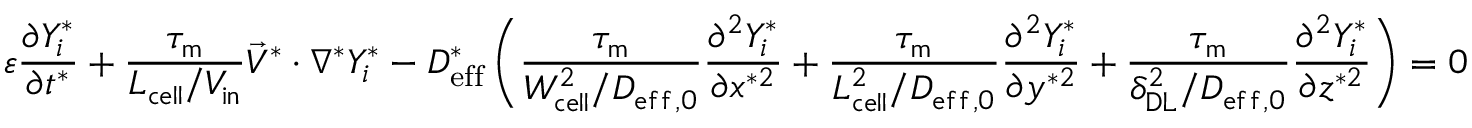
\varepsilon \frac { \partial Y _ { i } ^ { * } } { \partial t ^ { * } } + \boldsymbol { \frac { \tau _ { \mathrm { m } } } { L _ { \mathrm { c e l l } } / V _ { \mathrm { i n } } } } \vec { V } ^ { * } \cdot \nabla ^ { * } Y _ { i } ^ { * } - D _ { \mathrm { e f f } } ^ { * } \left( \boldsymbol { \frac { \tau _ { \mathrm { m } } } { W _ { \mathrm { c e l l } } ^ { 2 } / D _ { \mathrm { e f f } , 0 } } } \frac { \partial ^ { 2 } Y _ { i } ^ { * } } { \partial x ^ { * 2 } } + \boldsymbol { \frac { \tau _ { \mathrm { m } } } { L _ { \mathrm { c e l l } } ^ { 2 } / D _ { \mathrm { e f f } , 0 } } } \frac { \partial ^ { 2 } Y _ { i } ^ { * } } { \partial y ^ { * 2 } } + \boldsymbol { \frac { \tau _ { \mathrm { m } } } { \delta _ { \mathrm { D L } } ^ { 2 } / D _ { \mathrm { { e f f } , 0 } } } } \frac { \partial ^ { 2 } Y _ { i } ^ { * } } { \partial z ^ { * 2 } } \right) = 0